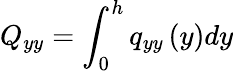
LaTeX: Q_{yy}=\int_{0}^{h}q_{yy}\left(y\right)dy